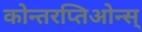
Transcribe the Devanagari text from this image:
कोन्तरप्तिओन्स्